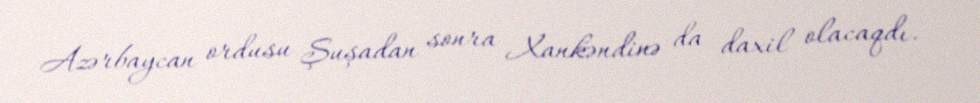
Azərbaycan ordusu Şuşadan sonra Xankəndinə da daxil olacaqdı.